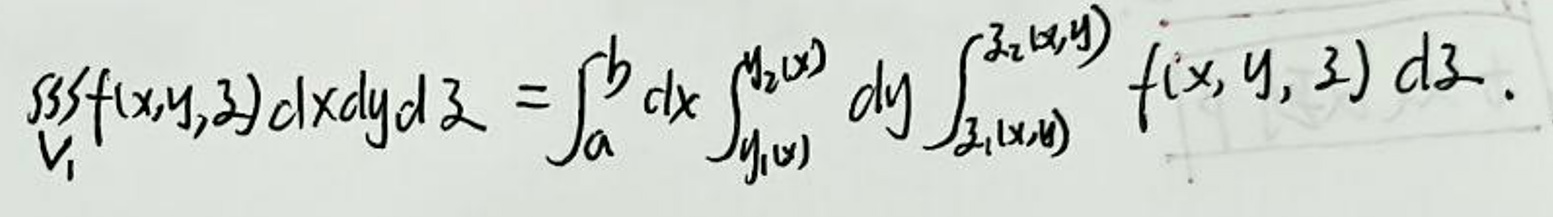
$\iiint_V f(x,y,z) \,dx\,dy\,dz = \int_a^b dx \int_{y_1(x)}^{y_2(x)} dy \int_{z_1(x,y)}^{z_2(x,y)} f(x,y,z) \,dz$